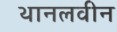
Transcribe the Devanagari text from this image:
थानलवीन